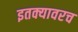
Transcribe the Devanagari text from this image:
इतक्यावरच